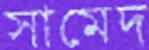
সামেদ